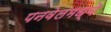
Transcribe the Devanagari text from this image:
पनवेलमध्ये